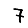
Digit: 7